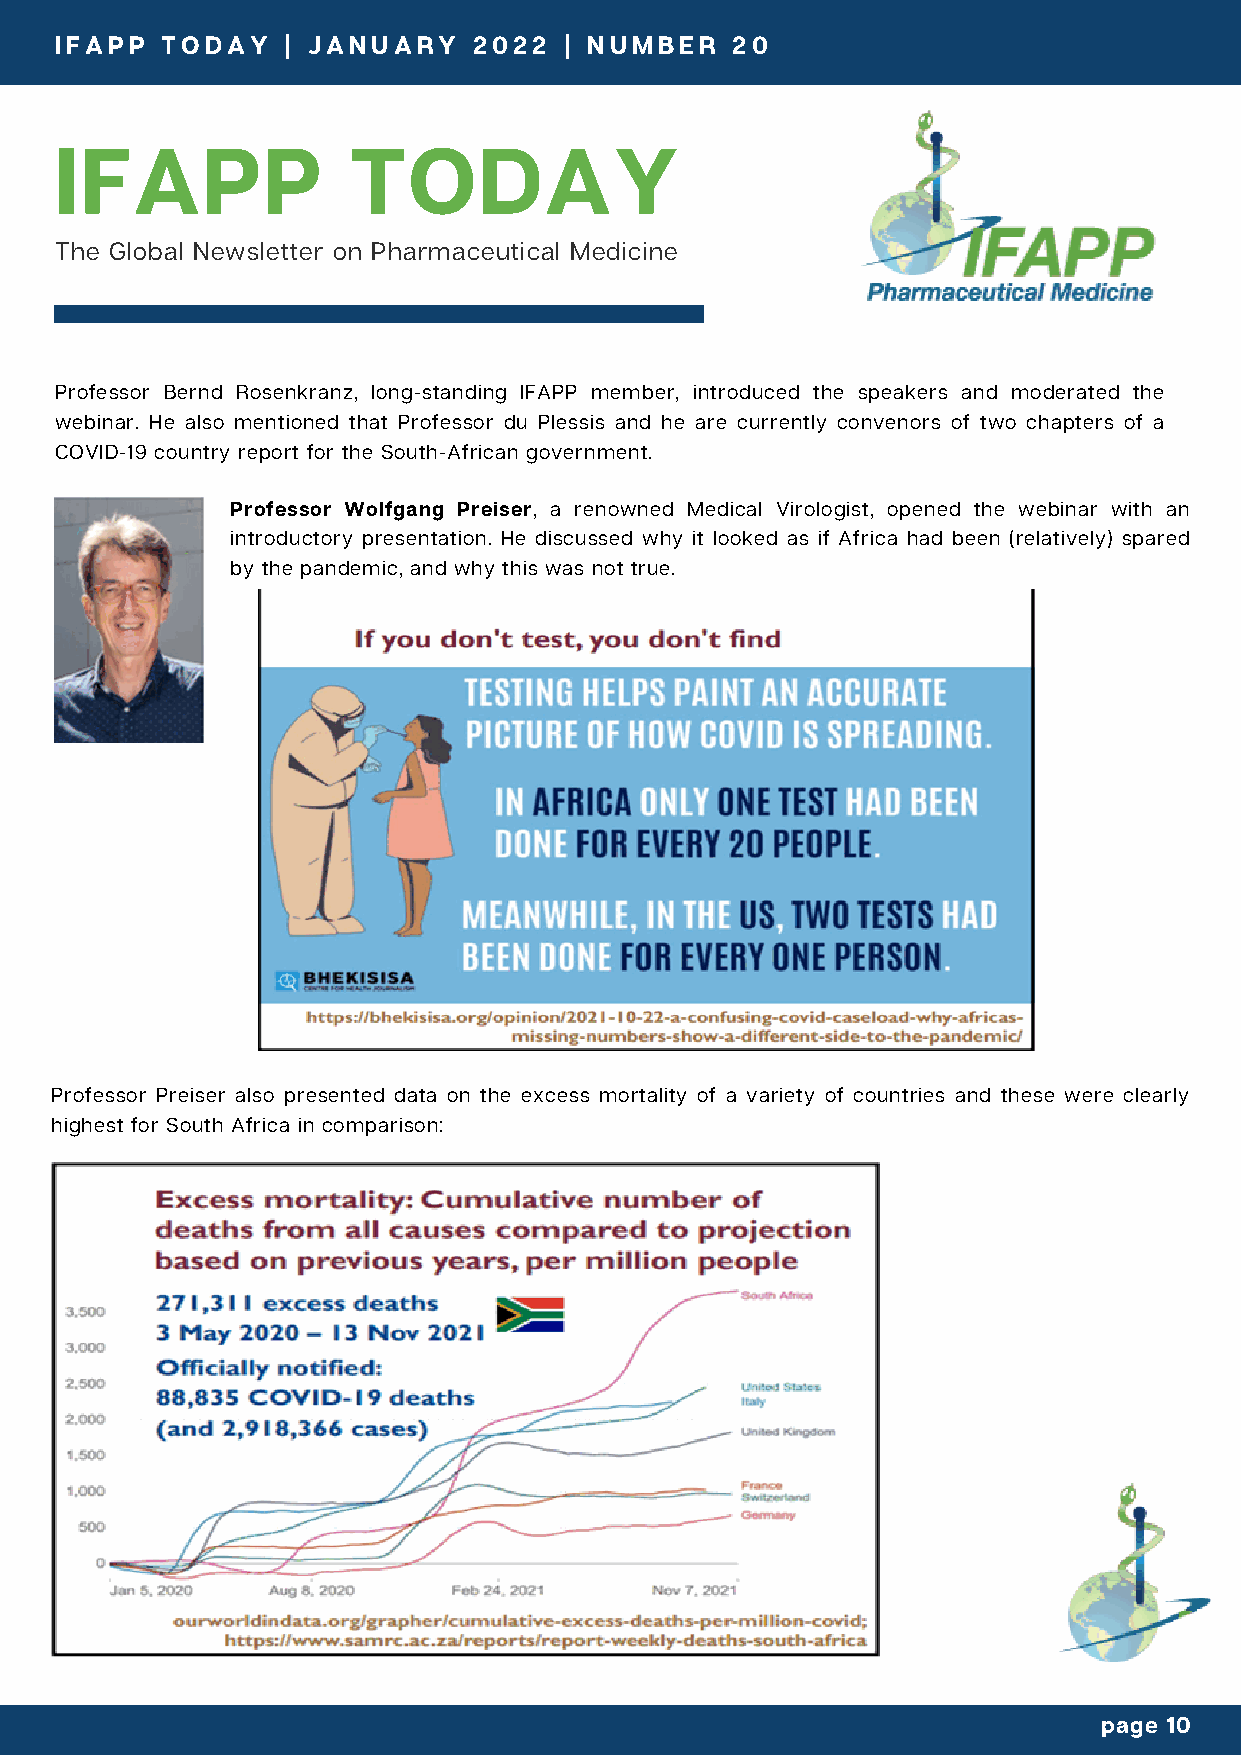
IFAPP  TODAY   | JANUARY   2022  | NUMBER   20
 IFAPP  TODAY    | JANUARY   2021 | 2 | NUMBER   1
 IFAPP              TODAY
 The Global Newsletter on Pharmaceutical Medicine
 Professor Bernd Rosenkranz, long-standing IFAPP member, introduced the speakers and moderated the
 webinar. He also mentioned that Professor du Plessis and he are currently convenors of two chapters of a
 COVID-19 country report for the South-African government.
 Professor Wolfgang Preiser, a renowned Medical Virologist, opened the webinar with an
 introductory presentation. He discussed why it looked as if Africa had been (relatively) spared
 by the pandemic, and why this was not true.
 Professor Preiser also presented data on the excess mortality of a variety of countries and these were clearly
 highest for South Africa in comparison:
 page 10